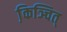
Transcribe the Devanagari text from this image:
कि़ञ्चित्